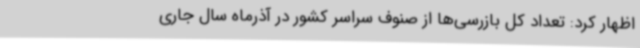
اظهار کرد: تعداد کل بازرسی‌ها از صنوف سراسر کشور در آذرماه سال جاری